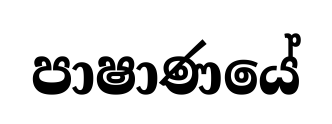
පාෂාණයේ